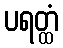
ပရတ္ထံ